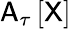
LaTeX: \mathsf{A}_{\tau}\left[\sf X\right]